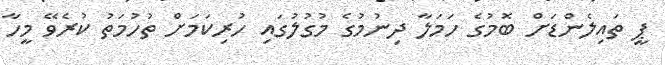
ޕީ ތައިލެންޑަށް ބޮމުގެ ހަމަލާ ދިނުމުގެ މުގުލުގައި ހުރިކަމަށް ތުހުމަތު ކުރެވޭ މީހާ